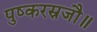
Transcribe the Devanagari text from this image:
पुष्करस्रजौ॥